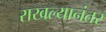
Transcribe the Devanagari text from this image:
राखल्यानंतर